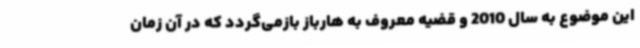
این موضوع به سال 2010 و قضیه معروف به هارباز بازمی‌گردد که در آن زمان